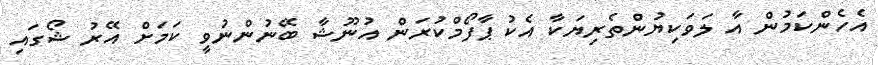
އެހެންކަމުން އާ ލަވަކިޔުންތެރިޔަކާ އެކު ޕާފޯމްކުރަން އުނޫޝާ ބޭނުންނުވީ ކަމަށް އޭރު ޝޯގައި